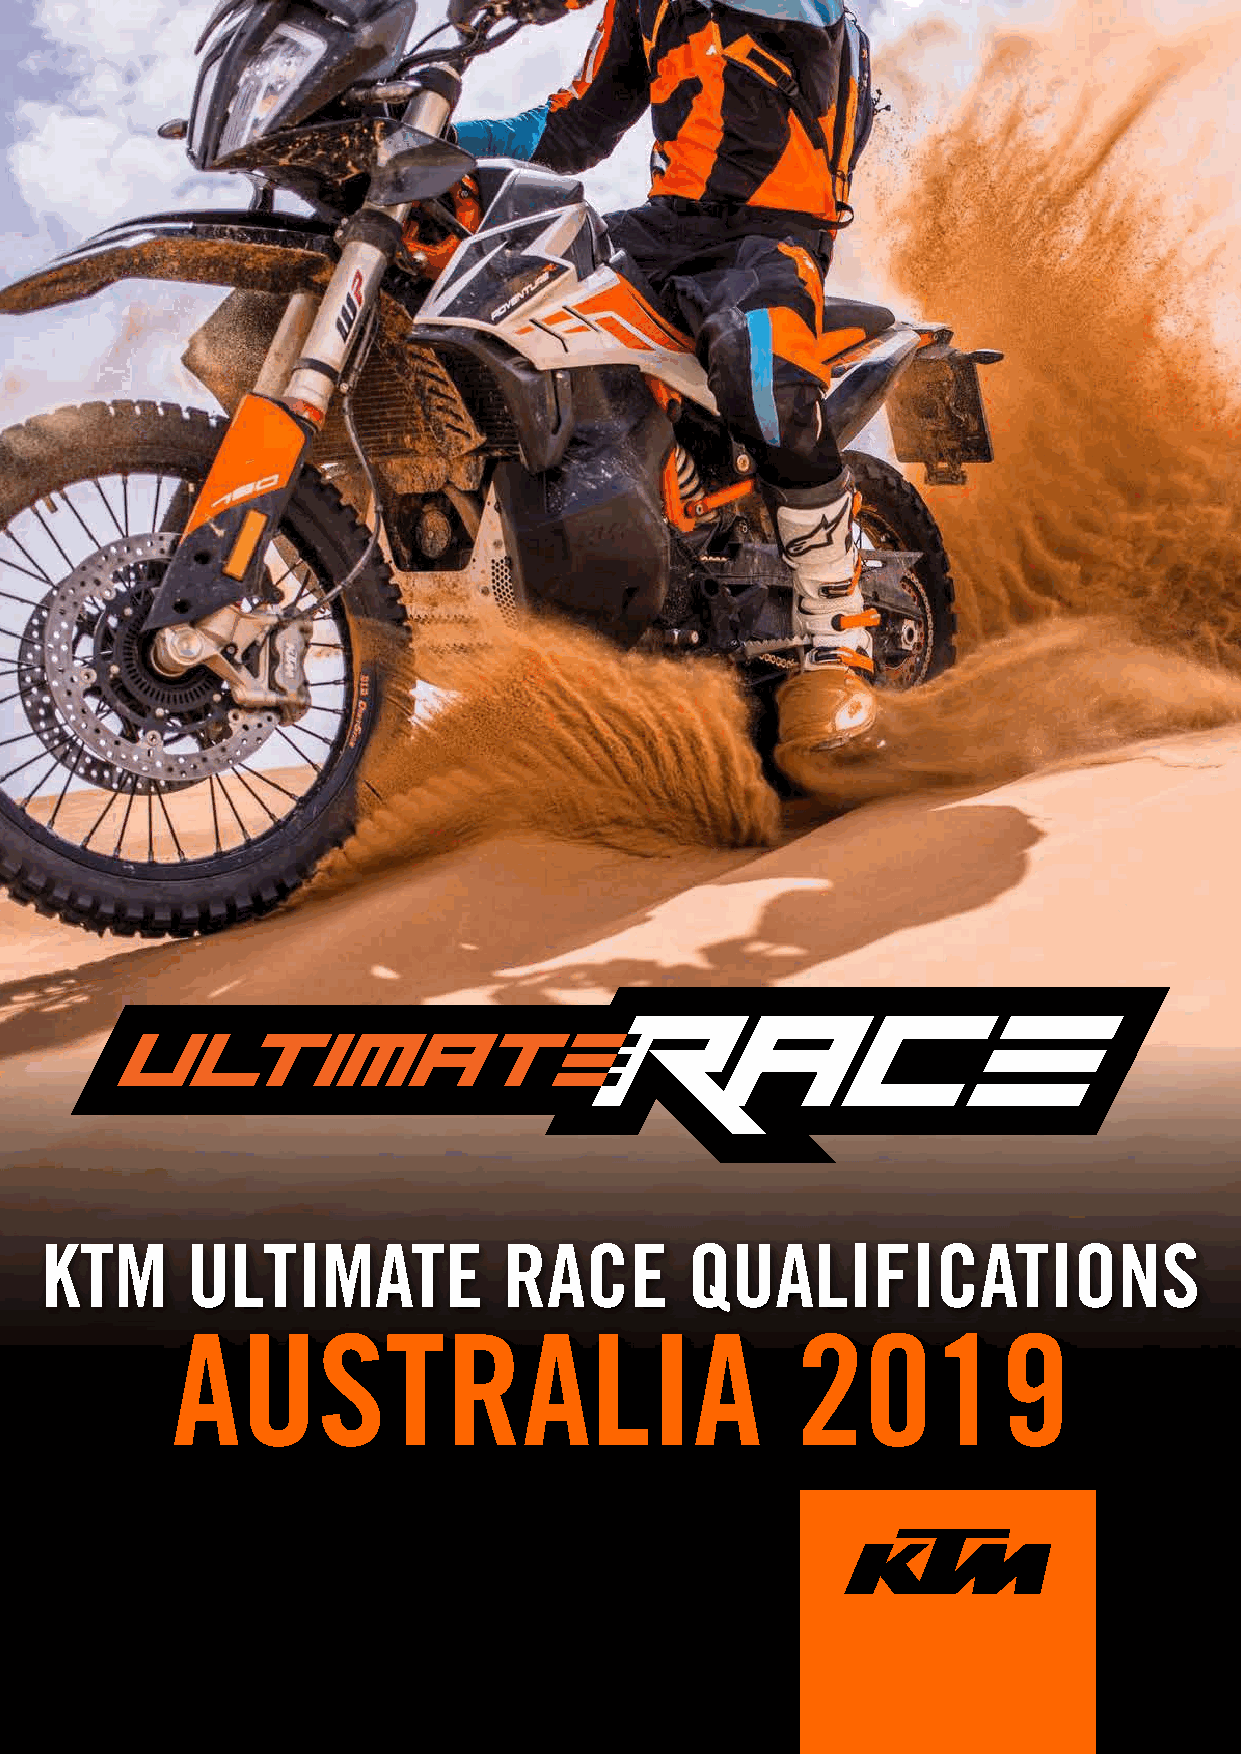
KTM      ULTIMATE             RACE         QUALIFICATIONS
 AUSTRALIA                                 2019